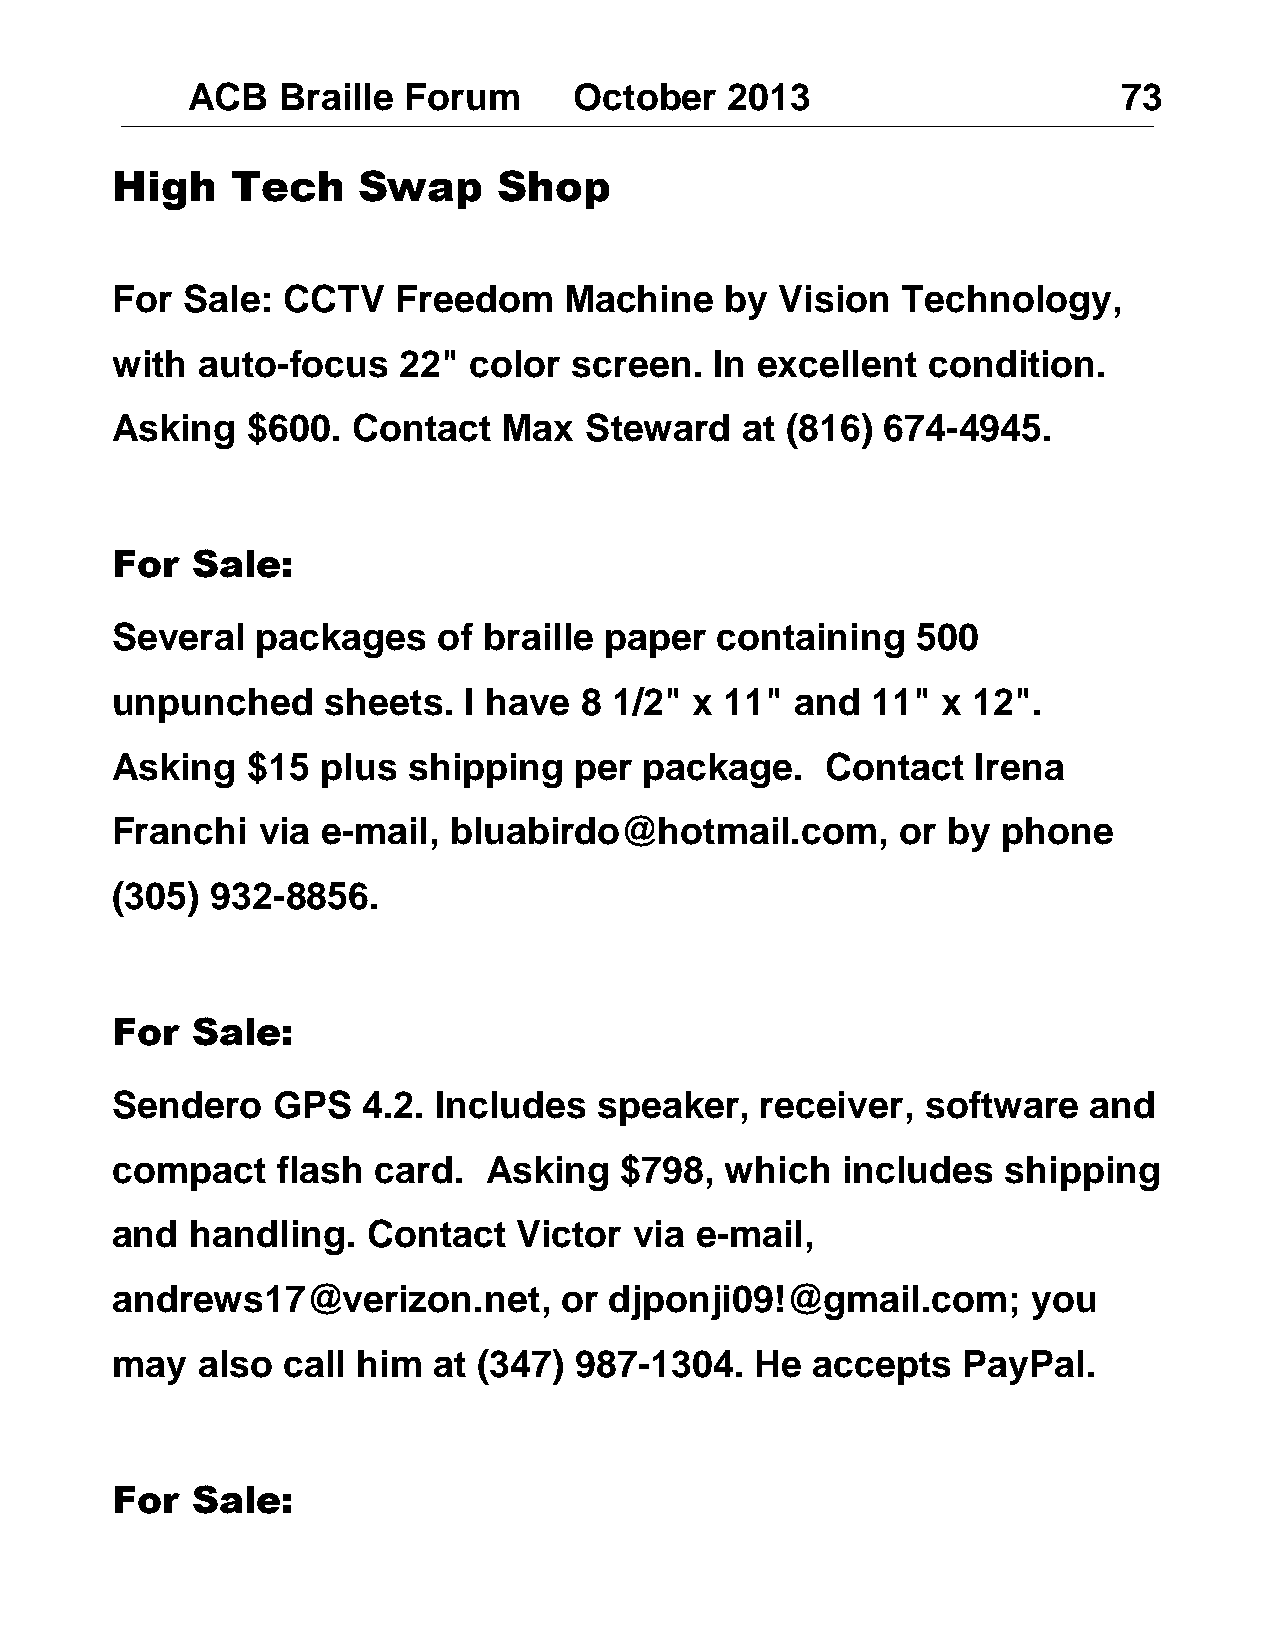
ACB   Braille  Forum      October   2013                      73
 High    Tech     Swap     Shop
 For  Sale:  CCTV   Freedom    Machine    by  Vision  Technology,
 with  auto-focus   22"  color  screen.  In excellent  condition.
 Asking   $600.  Contact   Max   Steward   at (816) 674-4945.
 For   Sale:
 Several   packages    of braille paper  containing    500
 unpunched      sheets.  I have 8  1/2" x 11"  and  11" x 12".
 Asking   $15  plus  shipping   per  package.    Contact   Irena
 Franchi   via e-mail,  bluabirdo@hotmail.com,        or by phone
 (305)  932-8856.
 For   Sale:
 Sendero    GPS   4.2. Includes   speaker,  receiver,  software   and
 compact    flash  card.  Asking   $798,  which   includes  shipping
 and   handling.  Contact   Victor  via e-mail,
 andrews17@verizon.net,        or djponji09!@gmail.com;       you
 may   also  call him  at (347) 987-1304.   He  accepts   PayPal.
 For   Sale: